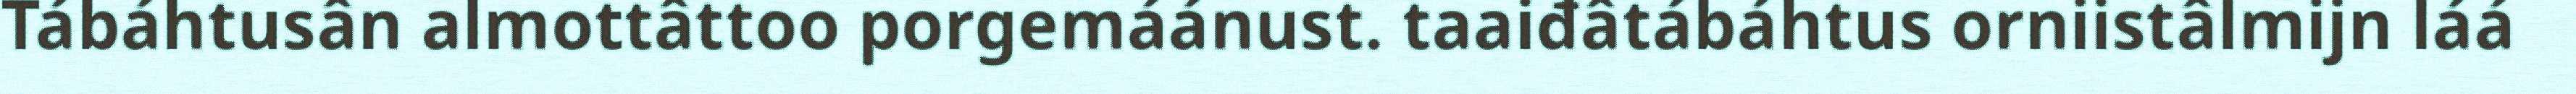
Tábáhtusân almottâttoo porgemáánust. taaiđâtábáhtus orniistâlmijn láá